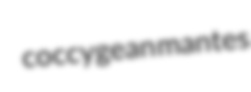
coccygean mantes